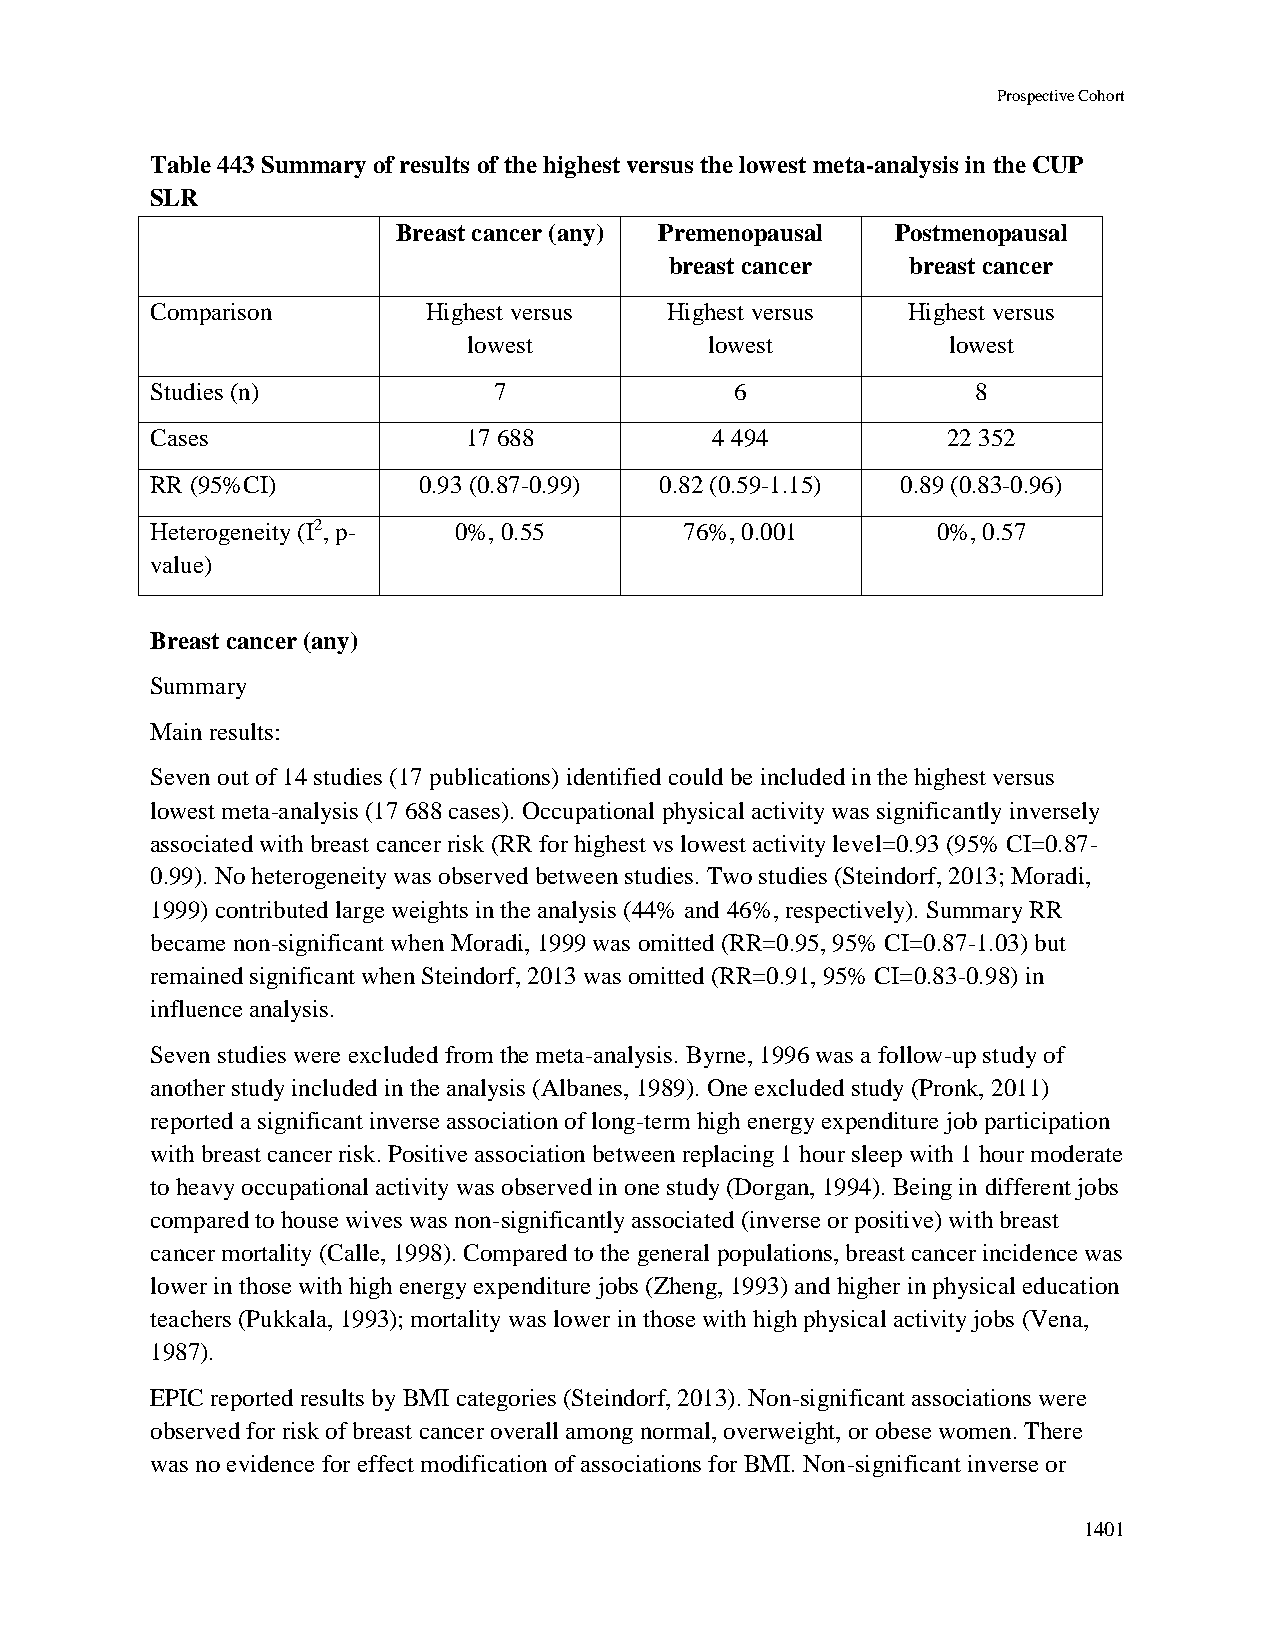
Prospective Cohort
 Table 443 Summary of results of the highest versus the lowest meta-analysis in the CUP
 SLR
 Breast cancer (any) Premenopausal Postmenopausal
 breast cancer   breast cancer
 Comparison        Highest versus  Highest versus  Highest versus
 lowest          lowest          lowest
 Studies (n)            7               6               8
 Cases                17 688          4 494           22 352
 RR (95%CI)        0.93 (0.87-0.99) 0.82 (0.59-1.15) 0.89 (0.83-0.96)
 Heterogeneity (I2, p- 0%, 0.55     76%, 0.001       0%, 0.57
 value)
 Breast cancer (any)
 Summary
 Main results:
 Seven out of 14 studies (17 publications) identified could be included in the highest versus
 lowest meta-analysis (17 688 cases). Occupational physical activity was significantly inversely
 associated with breast cancer risk (RR for highest vs lowest activity level=0.93 (95% CI=0.87-
 0.99). No heterogeneity was observed between studies. Two studies (Steindorf, 2013; Moradi,
 1999) contributed large weights in the analysis (44% and 46%, respectively). Summary RR
 became non-significant when Moradi, 1999 was omitted (RR=0.95, 95% CI=0.87-1.03) but
 remained significant when Steindorf, 2013 was omitted (RR=0.91, 95% CI=0.83-0.98) in
 influence analysis.
 Seven studies were excluded from the meta-analysis. Byrne, 1996 was a follow-up study of
 another study included in the analysis (Albanes, 1989). One excluded study (Pronk, 2011)
 reported a significant inverse association of long-term high energy expenditure job participation
 with breast cancer risk. Positive association between replacing 1 hour sleep with 1 hour moderate
 to heavy occupational activity was observed in one study (Dorgan, 1994). Being in different jobs
 compared to house wives was non-significantly associated (inverse or positive) with breast
 cancer mortality (Calle, 1998). Compared to the general populations, breast cancer incidence was
 lower in those with high energy expenditure jobs (Zheng, 1993) and higher in physical education
 teachers (Pukkala, 1993); mortality was lower in those with high physical activity jobs (Vena,
 1987).
 EPIC reported results by BMI categories (Steindorf, 2013). Non-significant associations were
 observed for risk of breast cancer overall among normal, overweight, or obese women. There
 was no evidence for effect modification of associations for BMI. Non-significant inverse or
 1401